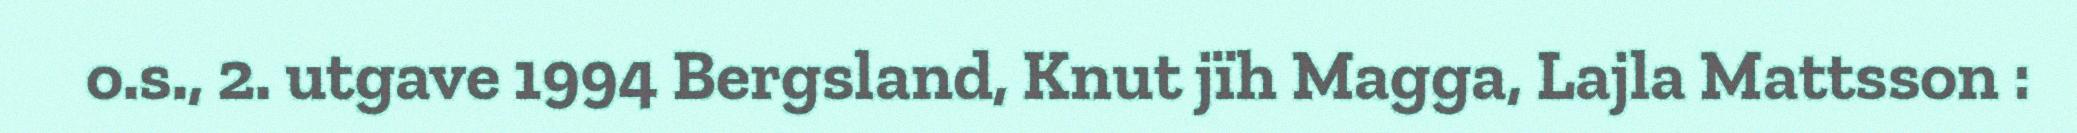
o.s., 2. utgave 1994 Bergsland, Knut jïh Magga, Lajla Mattsson :